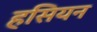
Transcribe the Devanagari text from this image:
हसियन